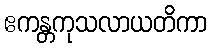
ဧကန္တကုသလာယတိကာ